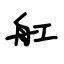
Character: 舡